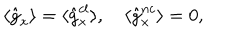
\langle \hat { g } _ { x } \rangle = \langle \hat { g } _ { x } ^ { c l } \rangle , ~ \langle \hat { g } _ { x } ^ { n c } \rangle = 0 ,